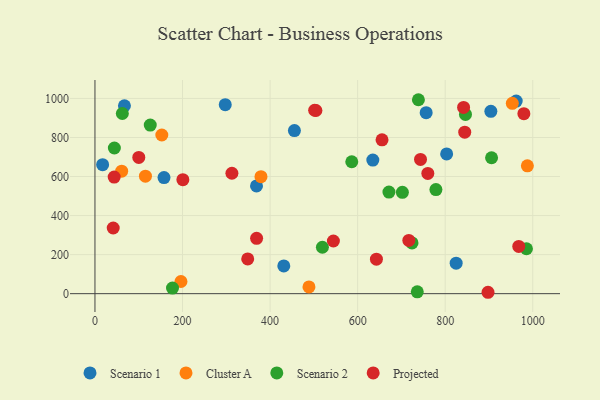
{"axis": {"x": "Investment", "y": "Fuel Efficiency"}, "legend": ["Cluster A", "Projected", "Scenario 1", "Scenario 2"], "data": [{"x": "157.7", "y": 594.4, "type": "Scenario 1"}, {"x": "297.6", "y": 967.8, "type": "Scenario 1"}, {"x": "756.5", "y": 926.9, "type": "Scenario 1"}, {"x": "962.2", "y": 986.2, "type": "Scenario 1"}, {"x": "634.7", "y": 684.0, "type": "Scenario 1"}, {"x": "455.6", "y": 835.5, "type": "Scenario 1"}, {"x": "825.0", "y": 156.4, "type": "Scenario 1"}, {"x": "67.3", "y": 962.4, "type": "Scenario 1"}, {"x": "369.0", "y": 552.0, "type": "Scenario 1"}, {"x": "431.3", "y": 142.2, "type": "Scenario 1"}, {"x": "803.3", "y": 715.5, "type": "Scenario 1"}, {"x": "904.3", "y": 934.1, "type": "Scenario 1"}, {"x": "17.5", "y": 660.8, "type": "Scenario 1"}, {"x": "987.7", "y": 655.0, "type": "Cluster A"}, {"x": "61.0", "y": 627.5, "type": "Cluster A"}, {"x": "379.2", "y": 599.0, "type": "Cluster A"}, {"x": "152.7", "y": 812.7, "type": "Cluster A"}, {"x": "488.8", "y": 34.4, "type": "Cluster A"}, {"x": "953.3", "y": 974.7, "type": "Cluster A"}, {"x": "196.4", "y": 62.3, "type": "Cluster A"}, {"x": "115.3", "y": 601.7, "type": "Cluster A"}, {"x": "519.5", "y": 237.6, "type": "Scenario 2"}, {"x": "778.8", "y": 532.9, "type": "Scenario 2"}, {"x": "736.2", "y": 9.3, "type": "Scenario 2"}, {"x": "62.5", "y": 922.7, "type": "Scenario 2"}, {"x": "724.2", "y": 260.1, "type": "Scenario 2"}, {"x": "671.5", "y": 520.4, "type": "Scenario 2"}, {"x": "702.2", "y": 519.1, "type": "Scenario 2"}, {"x": "586.6", "y": 675.5, "type": "Scenario 2"}, {"x": "905.9", "y": 696.0, "type": "Scenario 2"}, {"x": "44.3", "y": 746.1, "type": "Scenario 2"}, {"x": "177.1", "y": 28.8, "type": "Scenario 2"}, {"x": "985.6", "y": 229.9, "type": "Scenario 2"}, {"x": "738.8", "y": 993.3, "type": "Scenario 2"}, {"x": "846.3", "y": 917.9, "type": "Scenario 2"}, {"x": "126.3", "y": 863.3, "type": "Scenario 2"}, {"x": "200.8", "y": 584.0, "type": "Projected"}, {"x": "348.9", "y": 178.1, "type": "Projected"}, {"x": "844.6", "y": 826.9, "type": "Projected"}, {"x": "743.6", "y": 687.4, "type": "Projected"}, {"x": "655.7", "y": 788.0, "type": "Projected"}, {"x": "897.8", "y": 7.1, "type": "Projected"}, {"x": "544.6", "y": 269.6, "type": "Projected"}, {"x": "979.7", "y": 921.7, "type": "Projected"}, {"x": "43.9", "y": 597.3, "type": "Projected"}, {"x": "504.7", "y": 938.2, "type": "Projected"}, {"x": "968.0", "y": 241.7, "type": "Projected"}, {"x": "312.8", "y": 616.8, "type": "Projected"}, {"x": "760.3", "y": 615.8, "type": "Projected"}, {"x": "501.8", "y": 939.4, "type": "Projected"}, {"x": "100.1", "y": 698.0, "type": "Projected"}, {"x": "41.7", "y": 336.3, "type": "Projected"}, {"x": "369.2", "y": 283.4, "type": "Projected"}, {"x": "716.9", "y": 272.9, "type": "Projected"}, {"x": "642.9", "y": 176.4, "type": "Projected"}, {"x": "842.0", "y": 953.8, "type": "Projected"}]}